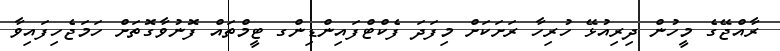
ރާއްޖޭގެ މީހުން ދިރިއުޅޭ ހުރިހާ ރަށަކަށް މިފަދަ ފެކްޓްފައިންޑިންގ ޓީމްތައް ފޮނުވާގޮތަށް ހަމަޖެހިފައިވާ